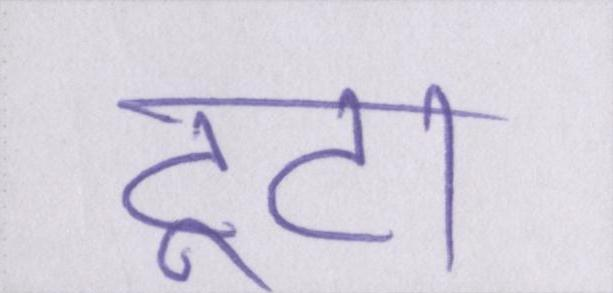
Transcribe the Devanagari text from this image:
टूटा।